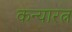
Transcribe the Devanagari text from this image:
कन्यारत्न